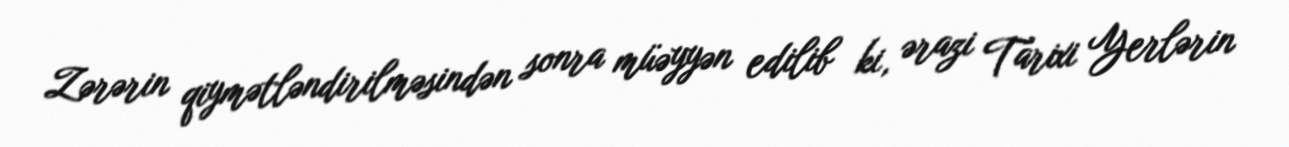
Zərərin qiymətləndirilməsindən sonra müəyyən edilib ki, ərazi Tarixi Yerlərin